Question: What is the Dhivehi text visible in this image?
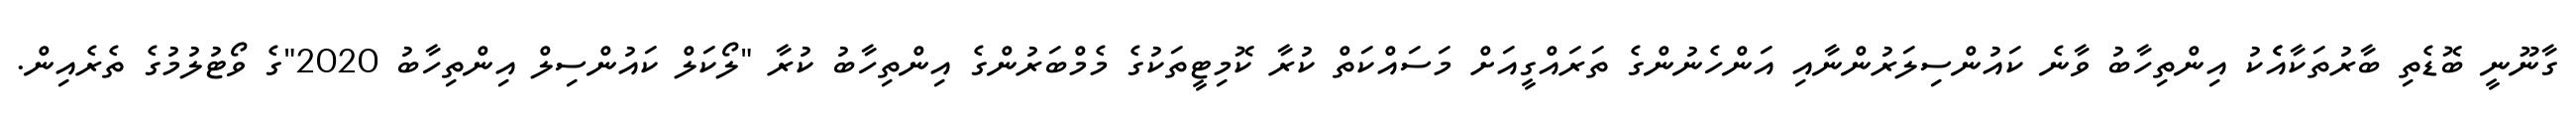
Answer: ގާނޫނީ ބޮޑެތި ބާރުތަކާއެެކު އިންތިހާބު ވާނެ ކައުންސިލަރުންނާއި އަންހެނުންގެ ތަރައްގީއަށް މަސައްކަތް ކުރާ ކޮމިޓީތަކުގެ މެމްބަރުންގެ އިންތިހާބު ކުރާ "ލޯކަލް ކައުންސިލް އިންތިހާބު 2020"ގެ ވޯޓުލުމުގެ ތެރެއިން.